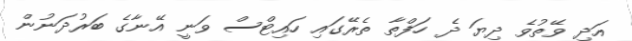
އަދި ވޭތުވެ ދިޔަ ދެ ހަފްތާ ތެރޭގައި ހައިޓްސް ވަނީ އޭނާގެ ބަރުދަނުން